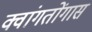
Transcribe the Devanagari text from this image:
क्वांगतोंगास